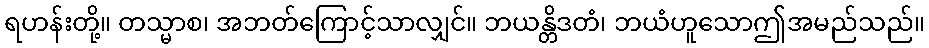
ရဟန်းတို့။ တသ္မာစ၊ အဘတ်ကြောင့်သာလျှင်။ ဘယန္တိဒတံ၊ ဘယံဟူသောဤအမည်သည်။